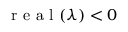
\mathrm { ~ r ~ e ~ a ~ l ~ } ( \lambda ) < 0